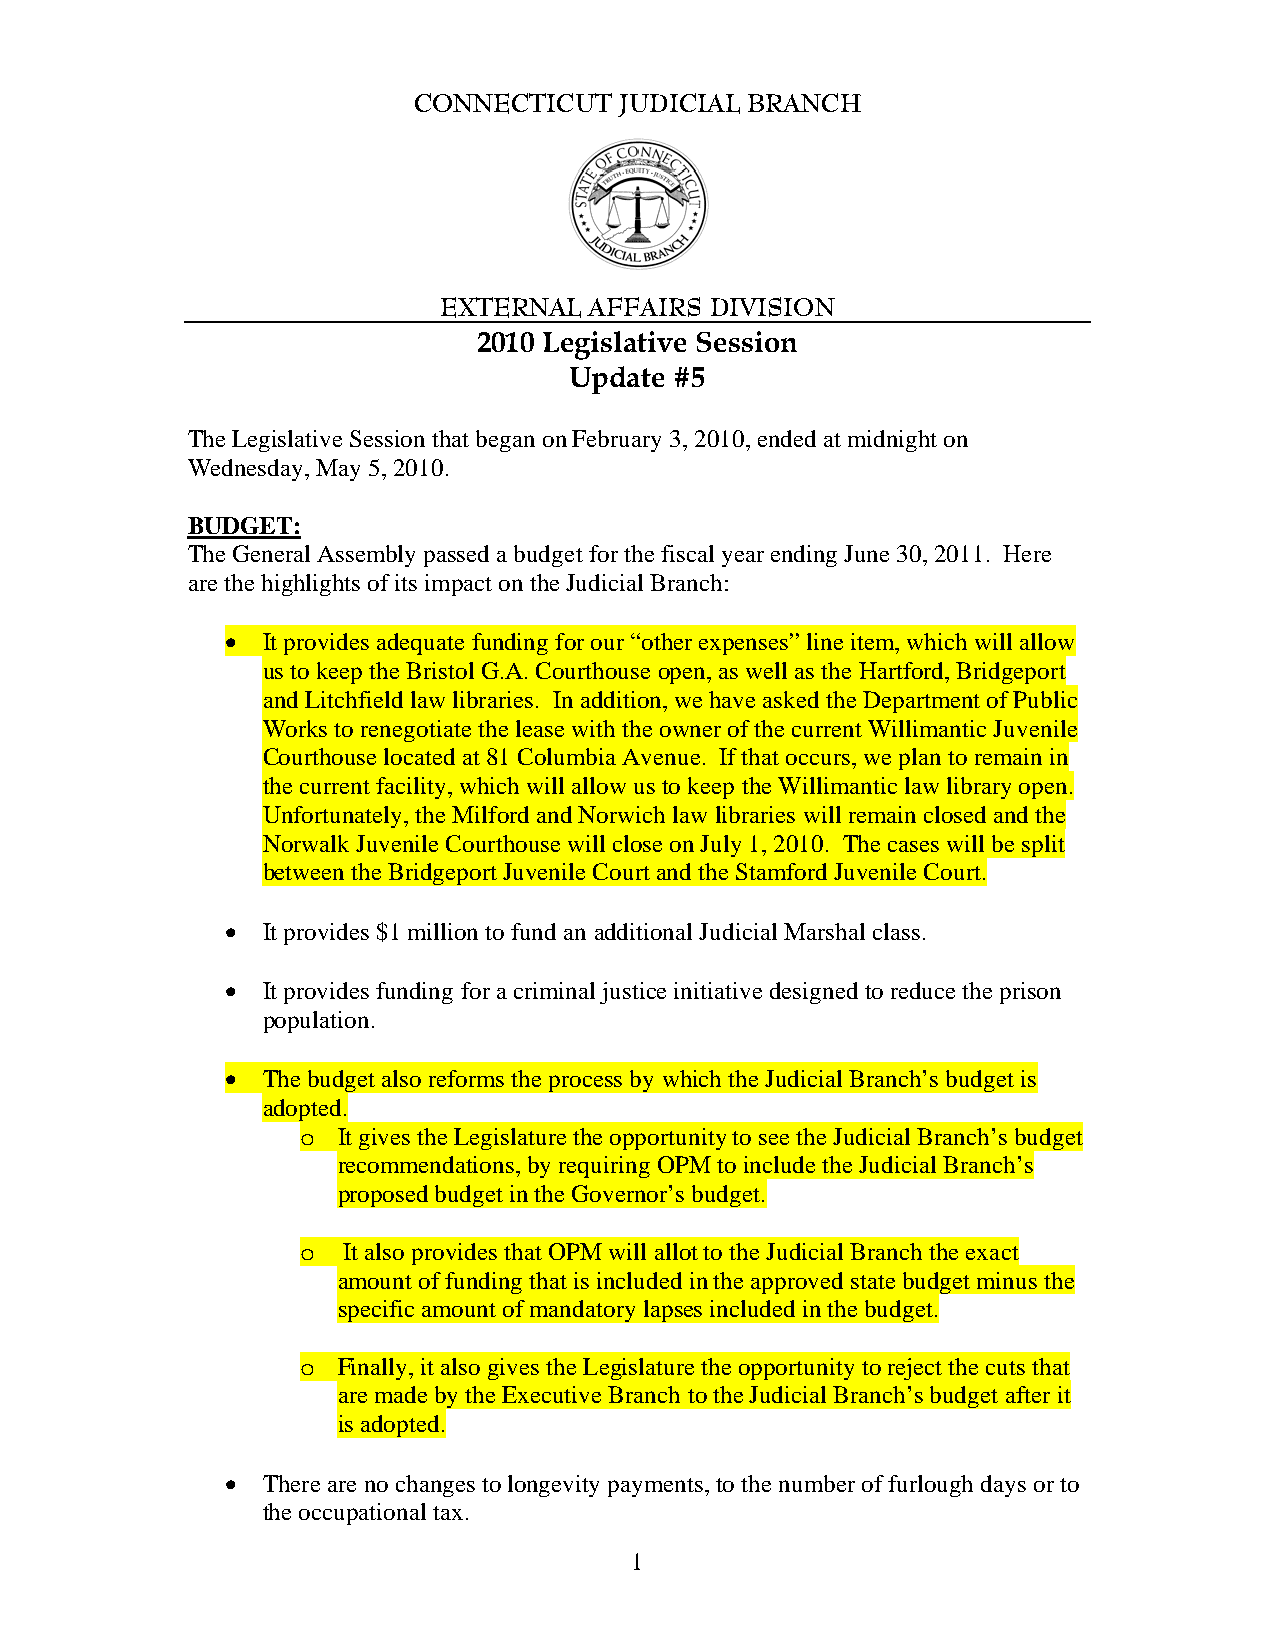
CONNECTICUT   JUDICIAL BRANCH
 EXTERNAL  AFFAIRS DIVISION
 2010 Legislative Session
 Update #5
 The Legislative Session that began on February 3, 2010, ended at midnight on
 Wednesday, May 5, 2010.
 BUDGET:
 The General Assembly passed a budget for the fiscal year ending June 30, 2011. Here
 are the highlights of its impact on the Judicial Branch:
 • It provides adequate funding for our “other expenses” line item, which will allow
 us to keep the Bristol G.A. Courthouse open, as well as the Hartford, Bridgeport
 and Litchfield law libraries. In addition, we have asked the Department of Public
 Works to renegotiate the lease with the owner of the current Willimantic Juvenile
 Courthouse located at 81 Columbia Avenue. If that occurs, we plan to remain in
 the current facility, which will allow us to keep the Willimantic law library open.
 Unfortunately, the Milford and Norwich law libraries will remain closed and the
 Norwalk Juvenile Courthouse will close on July 1, 2010. The cases will be split
 between the Bridgeport Juvenile Court and the Stamford Juvenile Court.
 • It provides $1 million to fund an additional Judicial Marshal class.
 • It provides funding for a criminal justice initiative designed to reduce the prison
 population.
 • The budget also reforms the process by which the Judicial Branch’s budget is
 adopted.
 o It gives the Legislature the opportunity to see the Judicial Branch’s budget
 recommendations, by requiring OPM to include the Judicial Branch’s
 proposed budget in the Governor’s budget.
 o  It also provides that OPM will allot to the Judicial Branch the exact
 amount of funding that is included in the approved state budget minus the
 specific amount of mandatory lapses included in the budget.
 o Finally, it also gives the Legislature the opportunity to reject the cuts that
 are made by the Executive Branch to the Judicial Branch’s budget after it
 is adopted.
 • There are no changes to longevity payments, to the number of furlough days or to
 the occupational tax.
 1